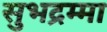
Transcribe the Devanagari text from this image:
सुभद्रम्मा